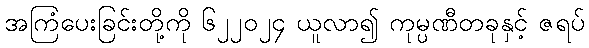
အကြံပေးခြင်းတို့ကို ၆၂၂၀၂၄ ယူလာ၍ ကုမ္ပဏီတခုနှင့် ဇရပ်